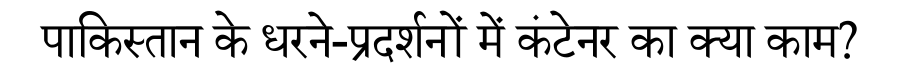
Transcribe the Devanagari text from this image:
पाकिस्तान के धरने-प्रदर्शनों में कंटेनर का क्या काम?